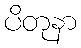
ပိတုနာ